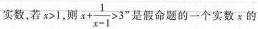
实数，若x>1，则 x+ \frac{1}{x-1}>3 ”是假命题的一个实数x的